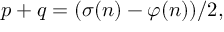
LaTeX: p + q = ( \sigma ( n ) - \varphi ( n ) ) / 2 ,